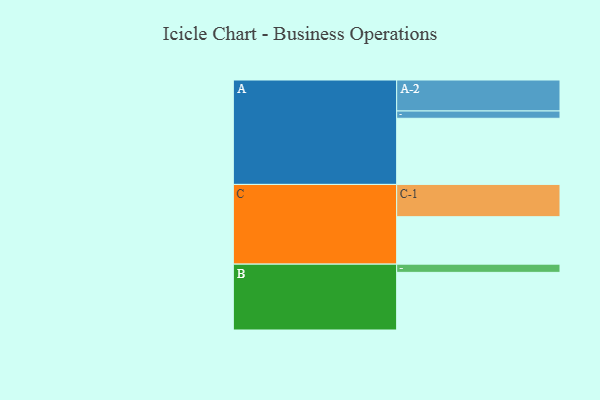
{"axis": {"x": "Segment", "y": "Value"}, "legend": ["", "A", "B", "C"], "data": [{"x": "A", "y": 506, "type": ""}, {"x": "B", "y": 441, "type": ""}, {"x": "C", "y": 363, "type": ""}, {"x": "A-1", "y": 56, "type": "A"}, {"x": "A-2", "y": 237, "type": "A"}, {"x": "B-1", "y": 63, "type": "B"}, {"x": "C-1", "y": 247, "type": "C"}]}